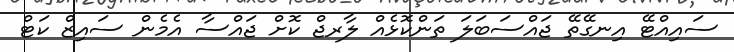
ސައިއްޓޭ އިނގޭތޭ ޖައްސަބަލަ ތަންކޮޅެއް ލާރޖް ކޮށް ޖައްސާ އެމެން ސައިޒް ކަޓް